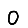
Digit: 0